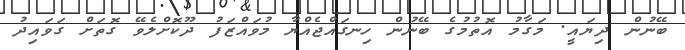
ބޭނުން ދިޔައީ. މަގާމު އޮތުމުގެ ބޭނުން ހިނގައްޖެއްޔާ މުވައްޒަފު ދޫކޮށްލެވޭ ގޮތަށް ގަވައިދު